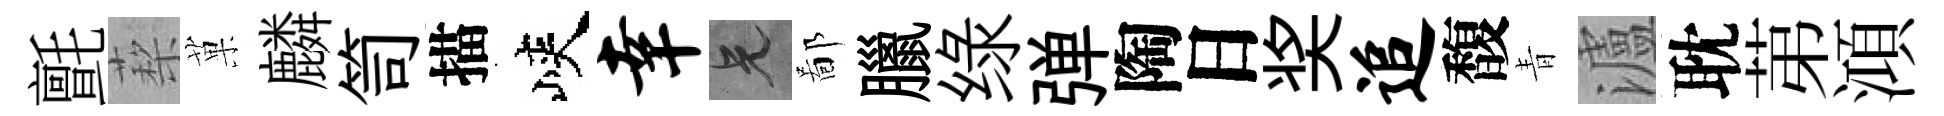
氈蔾菓麟笥描峽幸兄鄙臘绿弹陶日奖追馥青瀘耽苐澒